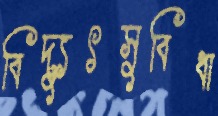
বিদ্যুৎসুবিধা